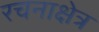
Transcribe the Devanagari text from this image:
रचनाक्षेत्र